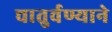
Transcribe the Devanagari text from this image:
चातुर्वण्याने